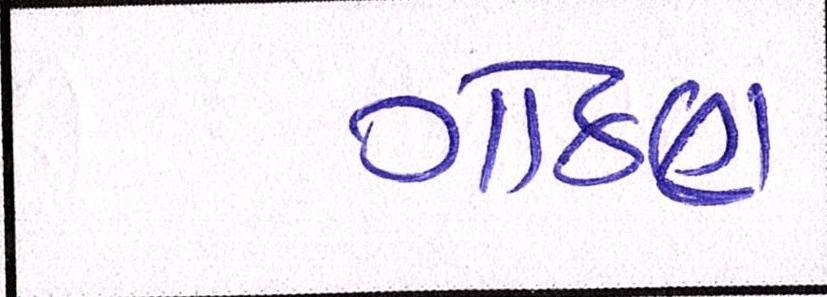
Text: ગોઠણ